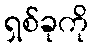
ရှစ်ခုကို